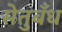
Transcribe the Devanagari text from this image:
सेतुबँध